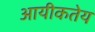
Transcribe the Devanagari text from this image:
आयीकतेय